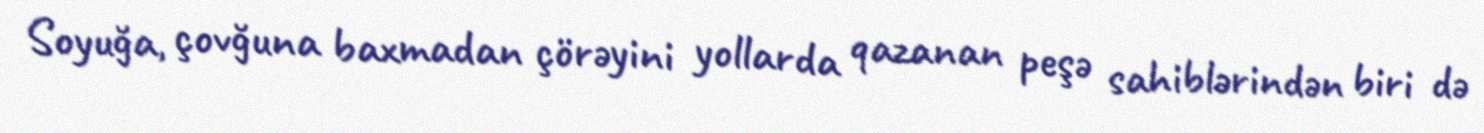
Soyuğa, çovğuna baxmadan çörəyini yollarda qazanan peşə sahiblərindən biri də